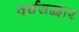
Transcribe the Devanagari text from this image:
वर्चसद्वार